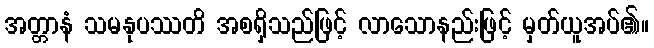
အတ္တာနံ သမနုပဿတိ အစရှိသည်ဖြင့် လာသောနည်းဖြင့် မှတ်ယူအပ်၏။